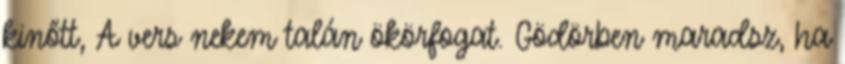
kinőtt, A vers nekem talán ökörfogat. Gödörben maradsz, ha